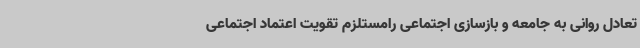
تعادل روانی به جامعه و بازسازی اجتماعی رامستلزم تقویت اعتماد اجتماعی